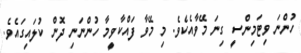
ހުންނަ ވިޓަމިންސީ ގިނަ މޭވާއެކެވެ. މި މޭވާ ފައްކާވީމާ ހުންނަނި ދޮން ކުލައިގައެވެ.